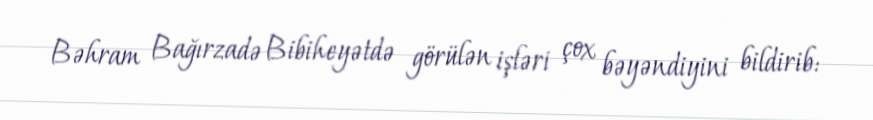
Bəhram Bağırzadə Bibiheyətdə görülən işləri çox bəyəndiyini bildirib: